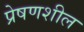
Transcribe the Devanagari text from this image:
प्रेषणशील